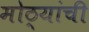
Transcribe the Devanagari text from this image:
मोठ्यांची